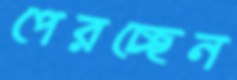
পেরচ্ছেন